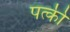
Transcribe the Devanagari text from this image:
पत्‍की